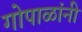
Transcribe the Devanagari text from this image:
गोपाळांनी